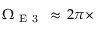
\Omega _ { \mathrm { ~ E ~ 3 ~ } } \, \approx \, 2 \pi \times